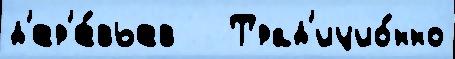
д'ер'е́вьев   Трад'ицио́нно